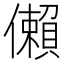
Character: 𫣻